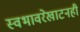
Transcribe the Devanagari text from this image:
स्वभावरेखाटनही